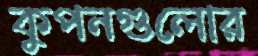
কুপনগুলোর